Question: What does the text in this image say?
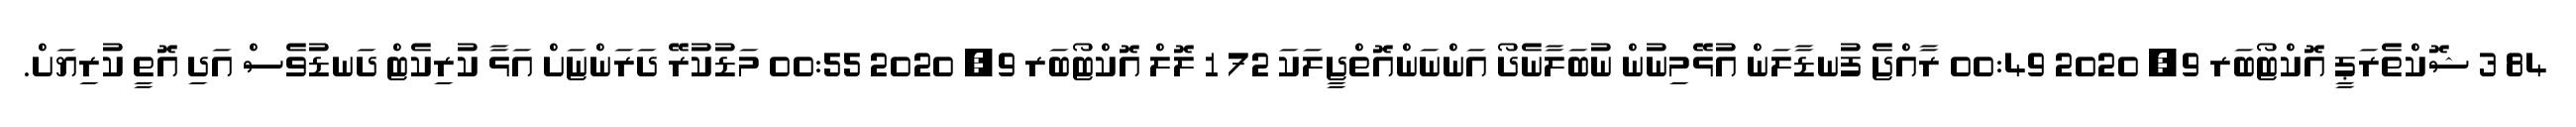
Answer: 84 3 ޝޮކްތެރަޕީ އޮކްޓޯބަރ 9, 2020 00:49 ރާއްޖެ ފުނޑާލަން އުޅޭމިނުން ނުބަލާނެދޯ އަންނަންއޮތްޖީލަކަ 72 1 ލޮލް އޮކްޓޯބަރ 9, 2020 00:55 މަޑުކުރޭ ދަރަންޏަށް އަޅާ ކުރިކެޓް ދަނޑުވެސް އަދި އޮތީ ކުރިޔަށް.